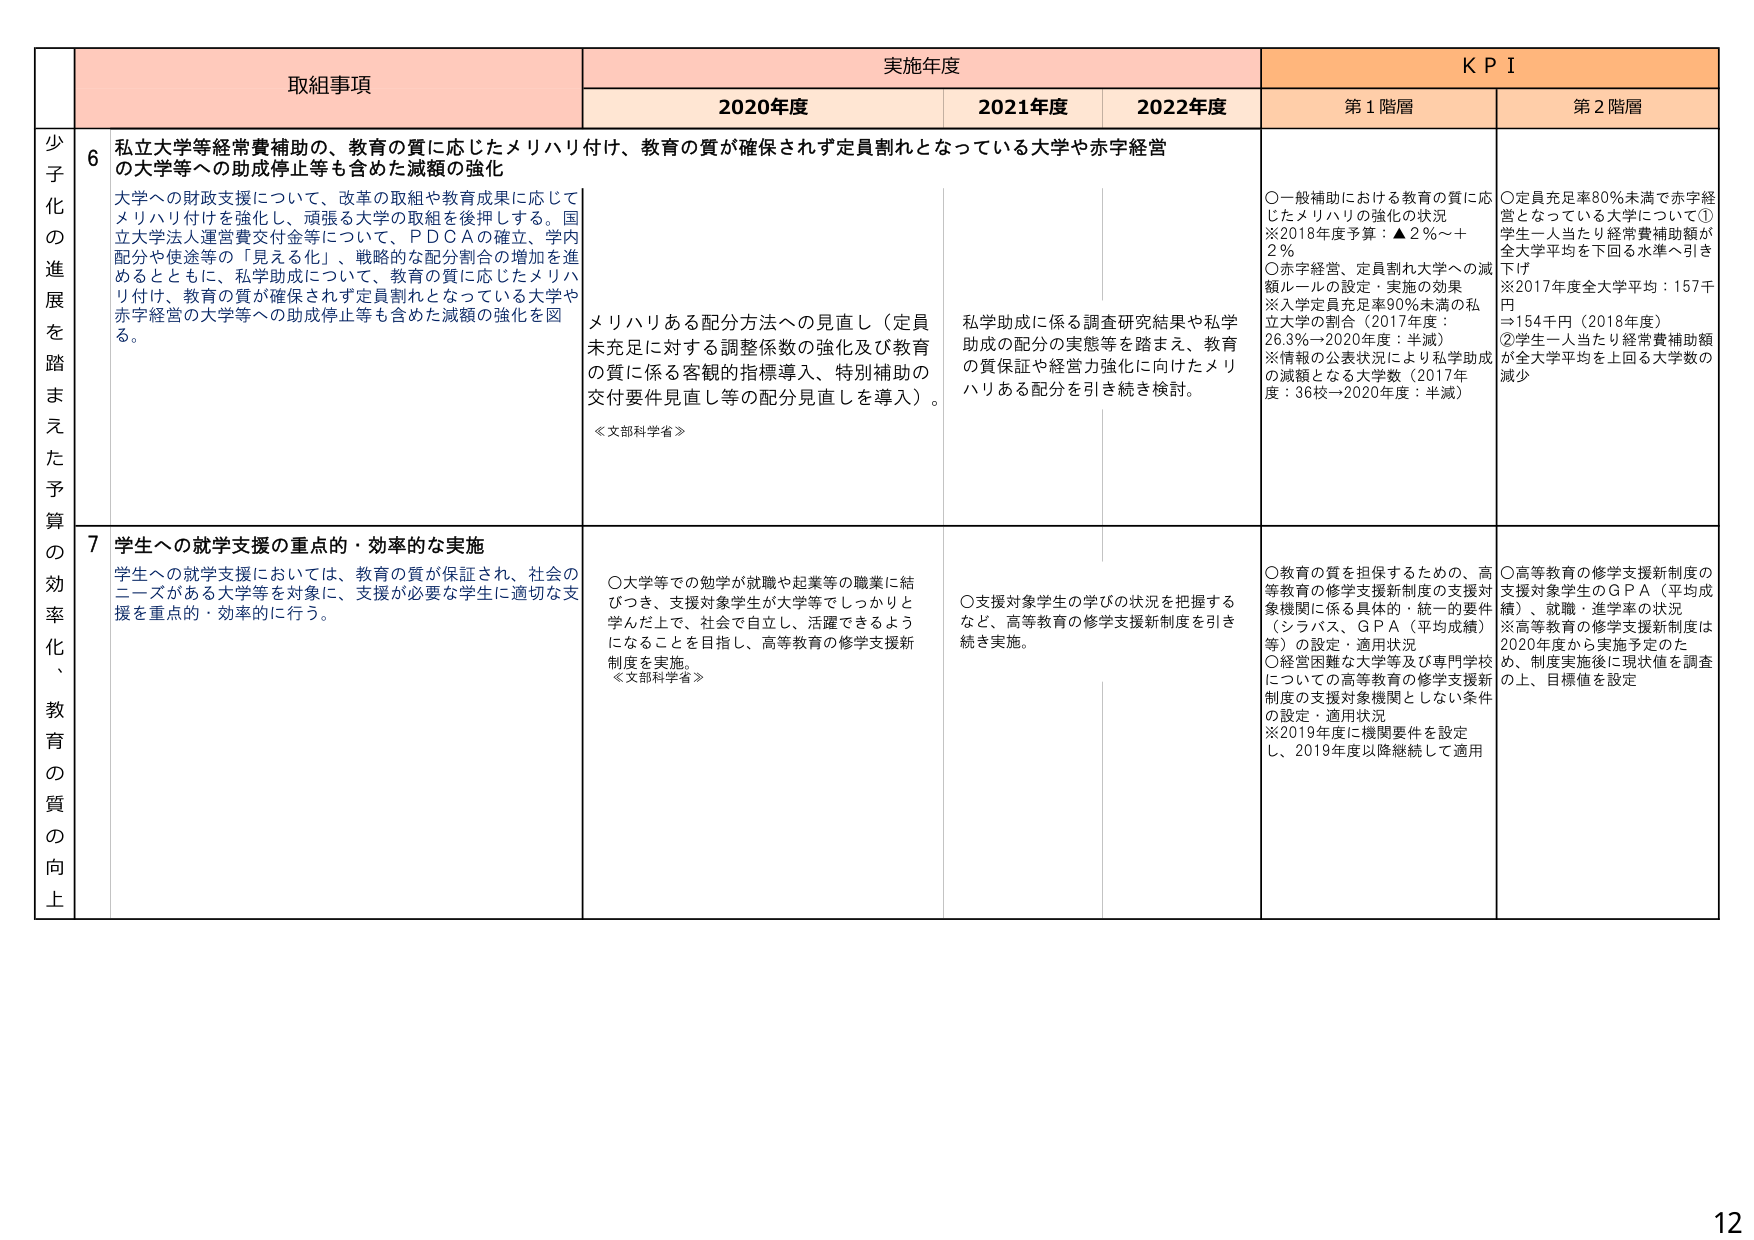
少子化の進展を踏まえた予算の効率化、教育の質の向上

取組事項

実施年度

KPI

2020年度

2021年度

2022年度

第1階層

第2階層

6

私立大学等経常費補助の、教育の質に応じたメリハリ付け、教育の質が確保されず定員割れとなっている大学や赤字経営の大学等への助成停止等も含めた減額の強化

大学への財政支援について、改革の取組や教育成果に応じてメリハリ付けを強化し、頑張る大学の取組を後押しする。国立大学法人運営費交付金等について、P D C Aの確立、学内配分や使途等の「見える化」、戦略的な配分割合の増加を進めるとともに、私学助成について、教育の質に応じたメリハリ付け、教育の質が確保されず定員割れとなっている大学や赤字経営の大学等への助成停止等も含めた減額の強化を図る。

メリハリある配分方法への見直し（定員未充足に対する調整係数の強化及び教育の質に係る客観的指標導入、特別補助の交付要件見直し等の配分見直しを導入）。

≪文部科学省≫

私学助成に係る調査研究結果や私学助成の配分の実態等を踏まえ、教育の質保証や経営力強化に向けたメリハリある配分を引き続き検討。

○一般補助における教育の質に応じたメリハリの強化の状況
※2018年度予算：▲2％～＋2％
○赤字経営、定員割れ大学への減額ルールの設定・実施の効果
※入学定員充足率90％未満の私立大学の割合（2017年度：26.3％→2020年度：半減）
※情報の公表状況により私学助成の減額となる大学数（2017年度：36校→2020年度：半減）

○定員充足率80％未満で赤字経営となっている大学について①学生一人当たり経常費補助額が全大学平均を下回る水準へ引き下げ
※2017年度全大学平均：157千円⇒154千円（2018年度）
②学生一人当たり経常費補助額が全大学平均を上回る大学数の減少

7

学生への就学支援の重点的・効率的な実施

学生への就学支援においては、教育の質が保証され、社会のニーズがある大学等を対象に、支援が必要な学生に適切な支援を重点的・効率的に行う。

○大学等での勉学が就職や起業等の職業に結びつき、支援対象学生が大学等でしっかりと学んだ上で、社会で自立し、活躍できるようになることを目指し、高等教育の修学支援新制度を実施。
≪文部科学省≫

○支援対象学生の学びの状況を把握するなど、高等教育の修学支援新制度を引き続き実施。

○教育の質を担保するための、高等教育の修学支援新制度の支援対象機関に係る具体的・統一的要件（シラバス、G P A（平均成績）等）の設定・適用状況
○経営困難な大学等及び専門学校についての高等教育の修学支援新制度の支援対象機関としない条件の設定・適用状況
※2019年度に機関要件を設定し、2019年度以降継続して適用

○高等教育の修学支援新制度の支援対象学生のG P A（平均成績）、就職・進学率の状況
※高等教育の修学支援新制度は2020年度から実施予定のため、制度実施後に現状値を調査の上、目標値を設定

12